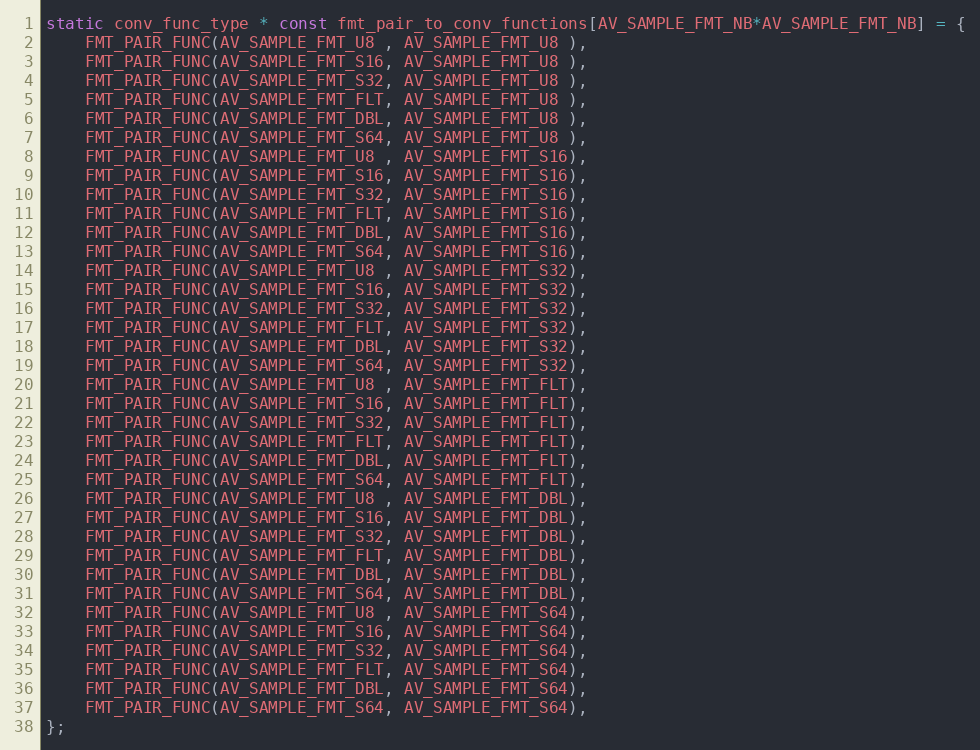
Language: C
static conv_func_type * const fmt_pair_to_conv_functions[AV_SAMPLE_FMT_NB*AV_SAMPLE_FMT_NB] = {
    FMT_PAIR_FUNC(AV_SAMPLE_FMT_U8 , AV_SAMPLE_FMT_U8 ),
    FMT_PAIR_FUNC(AV_SAMPLE_FMT_S16, AV_SAMPLE_FMT_U8 ),
    FMT_PAIR_FUNC(AV_SAMPLE_FMT_S32, AV_SAMPLE_FMT_U8 ),
    FMT_PAIR_FUNC(AV_SAMPLE_FMT_FLT, AV_SAMPLE_FMT_U8 ),
    FMT_PAIR_FUNC(AV_SAMPLE_FMT_DBL, AV_SAMPLE_FMT_U8 ),
    FMT_PAIR_FUNC(AV_SAMPLE_FMT_S64, AV_SAMPLE_FMT_U8 ),
    FMT_PAIR_FUNC(AV_SAMPLE_FMT_U8 , AV_SAMPLE_FMT_S16),
    FMT_PAIR_FUNC(AV_SAMPLE_FMT_S16, AV_SAMPLE_FMT_S16),
    FMT_PAIR_FUNC(AV_SAMPLE_FMT_S32, AV_SAMPLE_FMT_S16),
    FMT_PAIR_FUNC(AV_SAMPLE_FMT_FLT, AV_SAMPLE_FMT_S16),
    FMT_PAIR_FUNC(AV_SAMPLE_FMT_DBL, AV_SAMPLE_FMT_S16),
    FMT_PAIR_FUNC(AV_SAMPLE_FMT_S64, AV_SAMPLE_FMT_S16),
    FMT_PAIR_FUNC(AV_SAMPLE_FMT_U8 , AV_SAMPLE_FMT_S32),
    FMT_PAIR_FUNC(AV_SAMPLE_FMT_S16, AV_SAMPLE_FMT_S32),
    FMT_PAIR_FUNC(AV_SAMPLE_FMT_S32, AV_SAMPLE_FMT_S32),
    FMT_PAIR_FUNC(AV_SAMPLE_FMT_FLT, AV_SAMPLE_FMT_S32),
    FMT_PAIR_FUNC(AV_SAMPLE_FMT_DBL, AV_SAMPLE_FMT_S32),
    FMT_PAIR_FUNC(AV_SAMPLE_FMT_S64, AV_SAMPLE_FMT_S32),
    FMT_PAIR_FUNC(AV_SAMPLE_FMT_U8 , AV_SAMPLE_FMT_FLT),
    FMT_PAIR_FUNC(AV_SAMPLE_FMT_S16, AV_SAMPLE_FMT_FLT),
    FMT_PAIR_FUNC(AV_SAMPLE_FMT_S32, AV_SAMPLE_FMT_FLT),
    FMT_PAIR_FUNC(AV_SAMPLE_FMT_FLT, AV_SAMPLE_FMT_FLT),
    FMT_PAIR_FUNC(AV_SAMPLE_FMT_DBL, AV_SAMPLE_FMT_FLT),
    FMT_PAIR_FUNC(AV_SAMPLE_FMT_S64, AV_SAMPLE_FMT_FLT),
    FMT_PAIR_FUNC(AV_SAMPLE_FMT_U8 , AV_SAMPLE_FMT_DBL),
    FMT_PAIR_FUNC(AV_SAMPLE_FMT_S16, AV_SAMPLE_FMT_DBL),
    FMT_PAIR_FUNC(AV_SAMPLE_FMT_S32, AV_SAMPLE_FMT_DBL),
    FMT_PAIR_FUNC(AV_SAMPLE_FMT_FLT, AV_SAMPLE_FMT_DBL),
    FMT_PAIR_FUNC(AV_SAMPLE_FMT_DBL, AV_SAMPLE_FMT_DBL),
    FMT_PAIR_FUNC(AV_SAMPLE_FMT_S64, AV_SAMPLE_FMT_DBL),
    FMT_PAIR_FUNC(AV_SAMPLE_FMT_U8 , AV_SAMPLE_FMT_S64),
    FMT_PAIR_FUNC(AV_SAMPLE_FMT_S16, AV_SAMPLE_FMT_S64),
    FMT_PAIR_FUNC(AV_SAMPLE_FMT_S32, AV_SAMPLE_FMT_S64),
    FMT_PAIR_FUNC(AV_SAMPLE_FMT_FLT, AV_SAMPLE_FMT_S64),
    FMT_PAIR_FUNC(AV_SAMPLE_FMT_DBL, AV_SAMPLE_FMT_S64),
    FMT_PAIR_FUNC(AV_SAMPLE_FMT_S64, AV_SAMPLE_FMT_S64),
};